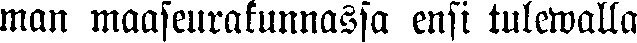
man maaseurakunnassa ensi tulewalla